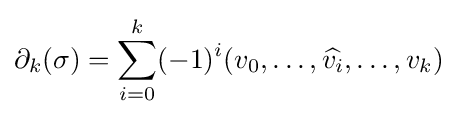
\partial _{k}(\sigma )=\sum _{i=0}^{k}(-1)^{i}(v_{0},\dots ,{\widehat {v_{i}}},\dots ,v_{k})